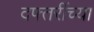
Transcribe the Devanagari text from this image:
दफ्तरींच्या